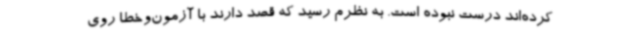
کرده‌اند درست نبوده است. به نظرم رسید که قصد دارند با آزمون‌وخطا روی